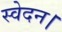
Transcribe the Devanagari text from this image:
स्वेदन।